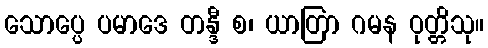
သောပ္ပေ ပမာဒေ တန္ဒီ စ၊ ယာတြာ ဂမန ဝုတ္တိသု။